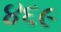
૪૬૯